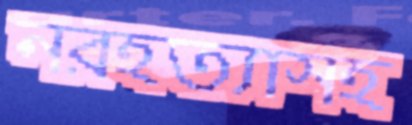
নরহত্যাসহ